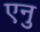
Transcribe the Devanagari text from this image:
एनु